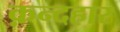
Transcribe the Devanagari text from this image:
क़न्दहार